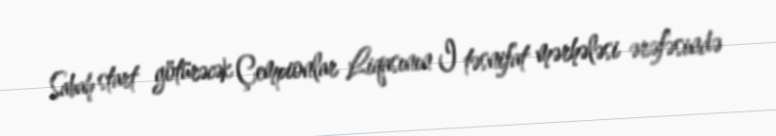
Sabah start götürəcək Çempionlar Liqasının I təsnifat mərhələsi ərəfəsində